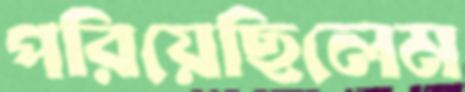
পরিয়েছিলেম